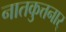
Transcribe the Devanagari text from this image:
नातकुत्तनार्